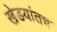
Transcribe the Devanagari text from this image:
खेडयांतच